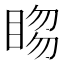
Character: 𥇯